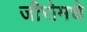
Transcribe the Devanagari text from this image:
जीरोमधे